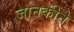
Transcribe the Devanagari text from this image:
जानकीने